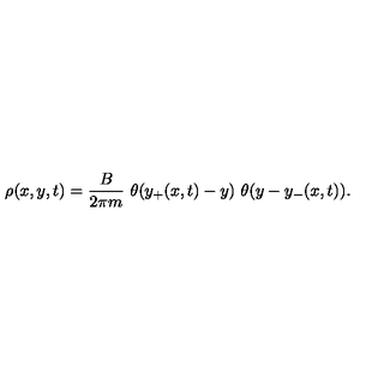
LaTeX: \rho ( x , y , t ) = { \frac { B } { 2 \pi m } } \ \theta ( y _ { + } ( x , t ) - y ) \ \theta ( y - y _ { - } ( x , t ) ) .